Annual report of the Imperial Bacteriological Laboratory, Muktesar
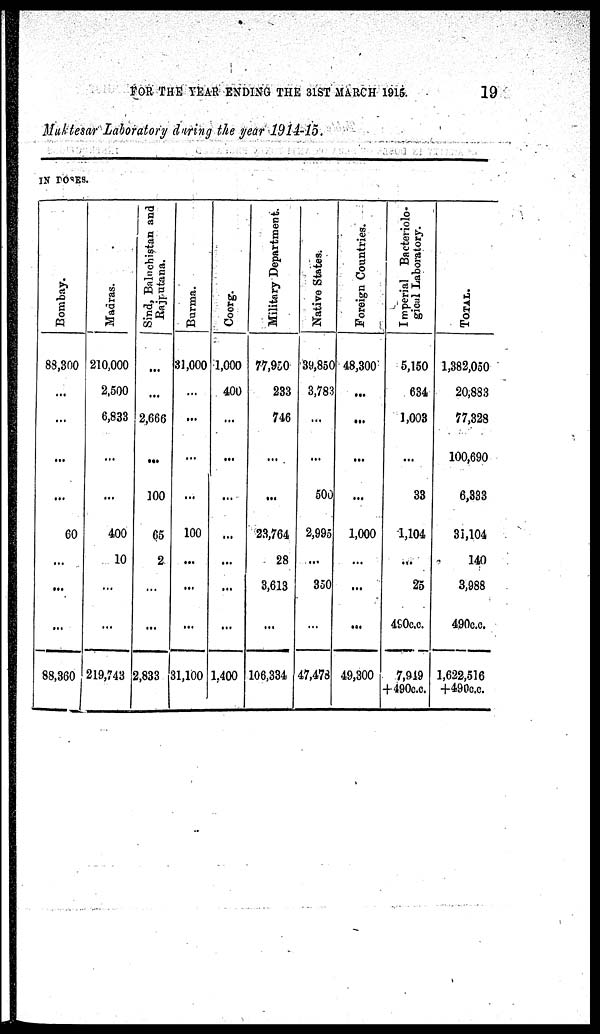
FOR THE YEAR ENDING THE 31ST MARCH 1915.
19
Muktesar Laboratory during the year 1914-15.
IN DOSES.
Bombay.
88,300
...
...
...
...
60
...
...
...
88,360
Madras.
210,000
2,500
6,833
...
...
400
10
...
...
219,743
Sind, Baluchistan and
Rajputana.
...
...
2,666
...
100
65
2
...
...
2,833
Burma.
31,000
...
...
...
...
100
...
...
...
31,100
Coorg.
1,000
400
...
...
...
...
...
...
...
1,400
Military Department.
77,950
233
746
...
...
23,764
28
3,613
...
106,334
Native States.
39,850
3,783
...
...
500
2,995
...
350
...
47,478
Foreign Countries.
48,300
...
...
...
...
1,000
...
...
...
49,300
Imperial Bacteriolo¬
gical Laboratory.
5,150
634
1,003
...
33
1,104
...
25
490c.c.
7,949
+490 c.c.
TOTAL.
1,382,050
20,883
77,328
100,690
6,333
31,104
140
3,988
490c.c.
1,622,516
+490c.c.